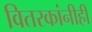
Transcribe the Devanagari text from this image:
वितरकांनीही